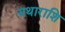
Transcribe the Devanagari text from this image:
यथाराशि